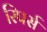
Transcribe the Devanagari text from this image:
रिपर्स